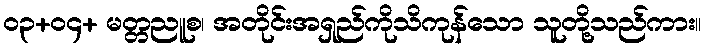
၀၃+၀၄+ မတ္တညူစ၊ အတိုင်းအရှည်ကိုသိကုန်သော သူတို့သည်ကား။